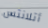
أتلانتس